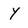
Character: Y